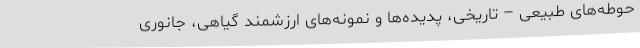
حوطه‌های طبیعی – تاریخی، پدیده‌ها و نمونه‌های ارزشمند گیاهی، جانوری